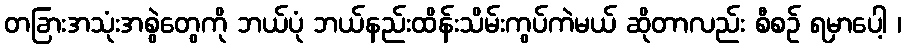
တခြားအသုံးအစွဲတွေကို ဘယ်ပုံ ဘယ်နည်းထိန်းသိမ်းကွပ်ကဲမယ် ဆိုတာလည်း စီစဉ် ရမှာပေါ့ ၊